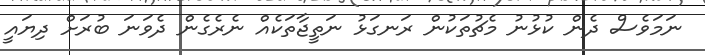
ނަމަވެސް ދެން ކުޅުނު މެޗުތަކުން ރަނގަޅު ނަތީޖާތަކެއް ނެރެގެން ދެވަަނަ ބުރަށް ދިޔައީ